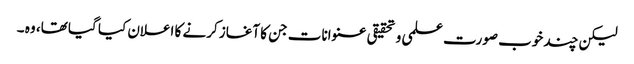
لیکن چند خوب صورت علمی و تحقیقی عنوانات جن کا آغاز کرنے کا اعلان کیا گیا تھا، وہ ۔